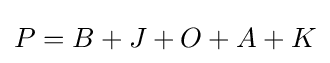
{\textstyle P=B+J+O+A+K}